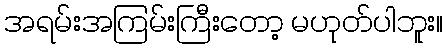
အရမ်းအကြမ်းကြီးတော့ မဟုတ်ပါဘူး။